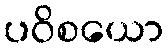
ပဝိစယော